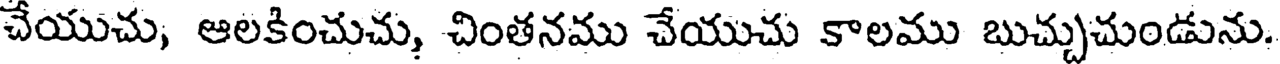
చేయుచు, ఆలకించుచు, చింతనము చేయుచు కాలము బుచ్చుచుండును.